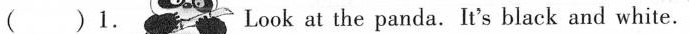
( )1. Look at the panda. It's black and white.